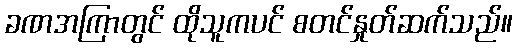
ခဏအကြာတွင် ထိုသူကပင် စတင်နှုတ်ဆက်သည်။